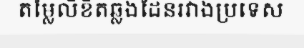
តម្លៃលិខិតឆ្លងដែនរវាងប្រទេស